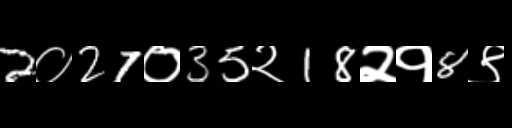
Text: 2०27०35२18२१8९